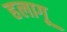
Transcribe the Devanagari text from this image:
हलागू